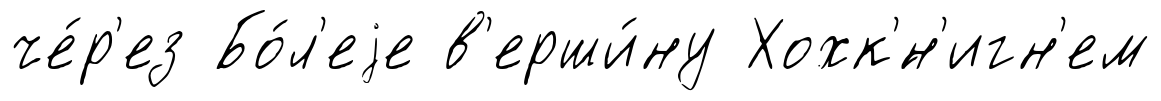
че́р'ез Бо́л'еjе в'ерши́ну Хохк'́н'игн'ем